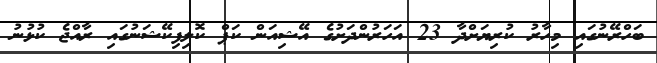
ބަހްރޭނުގައި މިހާރު ކުރިޔަށްދާ 23 އަހަރުންދަށުގެ އޭޝިއަން ކަޕް ކޮލިފިކޭޝަނުގައި ރާއްޖެ ކުޅުނު